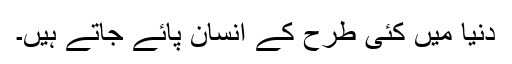
دنیا میں کئی طرح کے انسان پائے جاتے ہیں۔